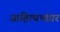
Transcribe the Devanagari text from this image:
साहित्यभंडार